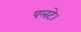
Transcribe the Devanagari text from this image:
पलटे।